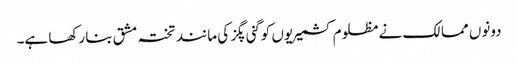
دونوں ممالک نے مظلوم کشمیریوں کو گنی پگز کی مانند تختہ مشق بنا رکھا ہے۔